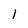
Character: 1